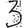
Digit: 3